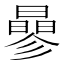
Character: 曑